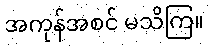
အကုန်အစင် မသိကြ။